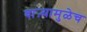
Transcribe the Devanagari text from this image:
वाऱ्यामुळेच